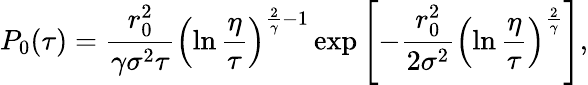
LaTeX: P_{0}(\tau)=\frac{r_{0}^{2}}{\gamma\sigma^{2}\tau}\left(\ln\frac{\eta}{\tau}\right)^{\frac{2}{\gamma}-1}\exp\left[-\frac{r_{0}^{2}}{2\sigma^{2}}\left(\ln\frac{\eta}{\tau}\right)^{\frac{2}{\gamma}}\right],